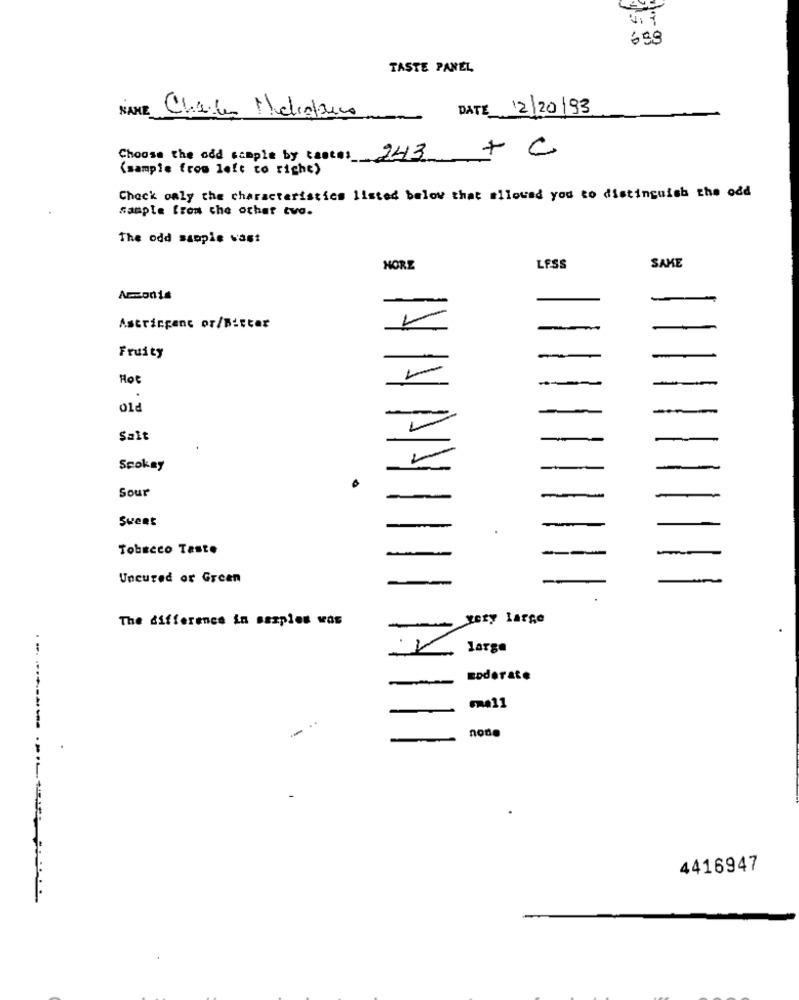
658
TASTE PANEL
NAME
DATE 12/20/93
Choose the odd sample by canta: 243
+ C
(sample from left to right)
Check only the characteristics listed below that allowed you to distinguish the odd
sample from the other tva.
The odd ssople vast
SAME
HORE
LESS
Ammonia
Astricgenc or/Bitter
Fruity
-
-
Hot
-
Old
-
Salt
-
Scokay
Sour
-
Sweet
-
Tobacco Taste
-
Uncured or Green
The difference in samples was
yery large
large
-
EDderate
node
4416947